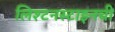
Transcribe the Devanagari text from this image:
लिश्टनस्टाइनची